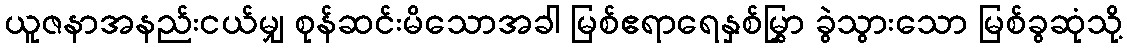
ယူဇနာအနည်းငယ်မျှ စုန်ဆင်းမိသောအခါ မြစ်ဧရာရေနှစ်မြွှာ ခွဲသွားသော မြစ်ခွဆုံသို့